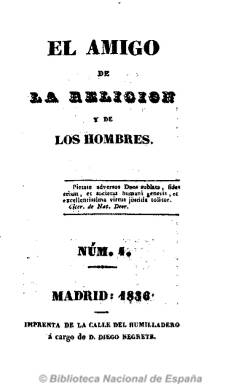
Título: El Amigo de la religión y de los hombres
Colección: Religión
Ámbito geográfico: Madrid
Lugar de publicación: Madrid
Fechas: 01/01/1836-31/12/1836

Publicación semanal, aunque sin día fijo de aparición, del periodo de la regencia de María Cristina, defensora de la religión católica como componente de la vida social, con artículos sobre la situación del clero español y sus instituciones, y otros sobre el devenir de los edificios eclesiásticos afectados por la desamortización. Sus redactores, que se mostraban ajenos a los partidos políticos, se defendieron al ser acusados de “facciosos” por un artículo que criticaba la Academia de San Isidoro. También critica la introducción en España de traducciones foráneas a las que acusa de “obras impías”. En números de entre 24 y 32 páginas, que incluían algún grabado. Tuvo una segunda época y pudo estar editándose hasta 1838.